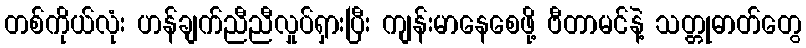
တစ်ကိုယ်လုံး ဟန်ချက်ညီညီလှုပ်ရှားပြီး ကျန်းမာနေစေဖို့ ဗီတာမင်နဲ့ သတ္တုဓာတ်တွေ